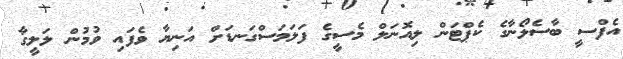
އެފްސީ ބާސެލޯނާގެ ކެޕްޓަން ލިއޮނަލް މެސީގެ ފަލަމަސްގަނޑަށް އަނިޔާ ވެފައި ވުމުން ލަލީގާ